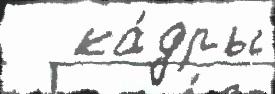
   ка́дры